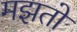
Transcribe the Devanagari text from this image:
मझतो